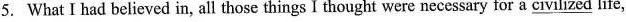
5. What I had believed in, all those things I thought were necessary for a \underline{civilized} life,